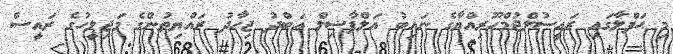
މި ޙަފްލާގައި ރައީސުލްޖުމްހޫރިއްޔާގެ ނައިބު އަލްފާޟިލް ޢަބްދު ޖިހާދު ރައްޔިތުންގެ މަޖިލީހުގެ ރައީސް